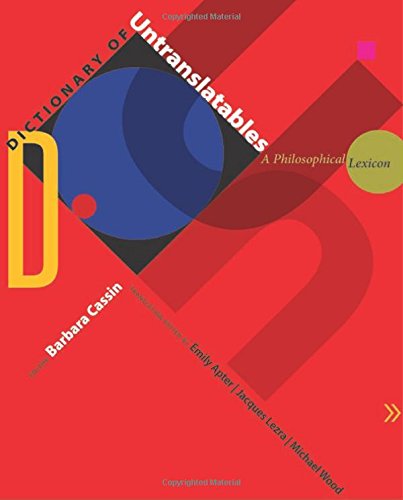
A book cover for Dictionary of Untranslatables: A Philosophical Lexicon (Translation/Transnation); Literature & Fiction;